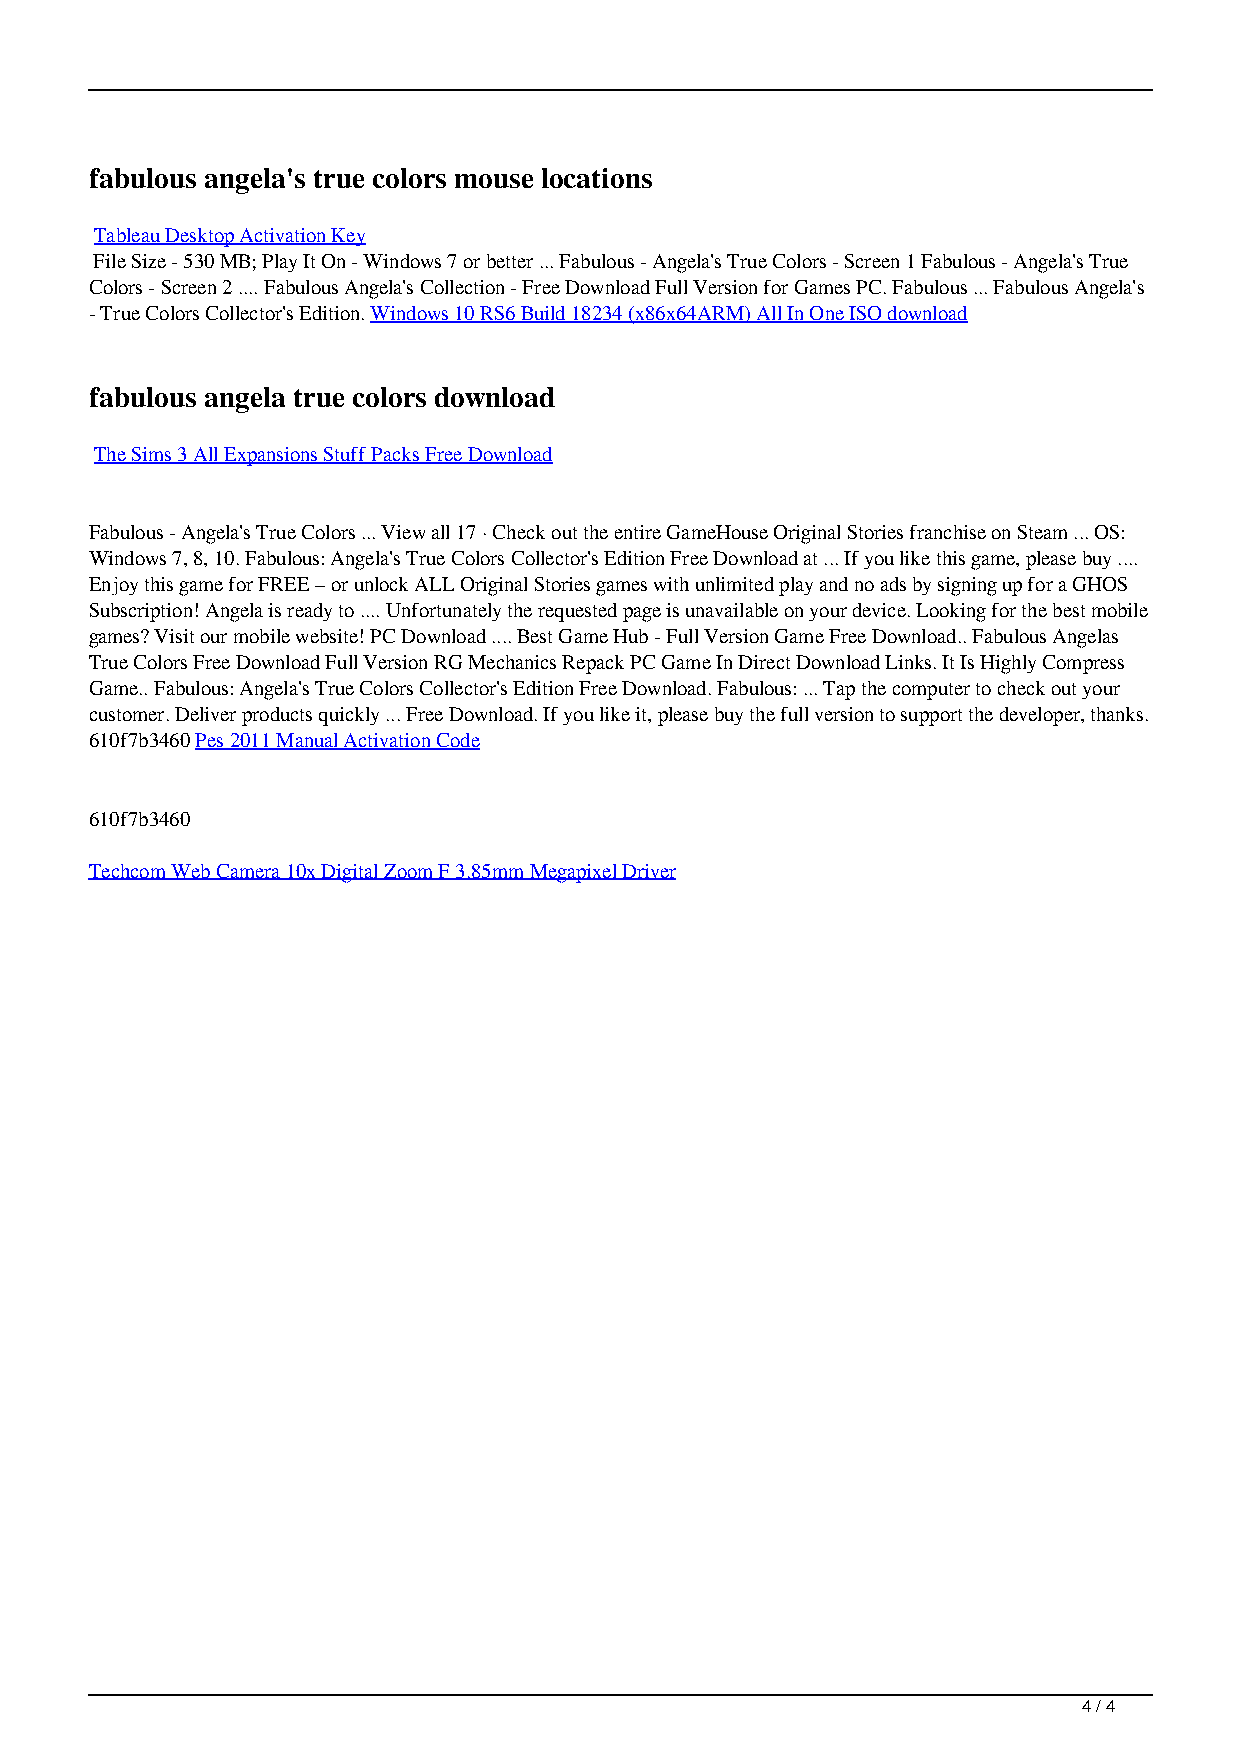
fabulous angela's true colors mouse locations
 Tableau Desktop Activation Key
 File Size - 530 MB; Play It On - Windows 7 or better ... Fabulous - Angela's True Colors - Screen 1 Fabulous - Angela's True
 Colors - Screen 2 .... Fabulous Angela's Collection - Free Download Full Version for Games PC. Fabulous ... Fabulous Angela's
 - True Colors Collector's Edition. Windows 10 RS6 Build 18234 (x86x64ARM) All In One ISO download
 fabulous angela true colors download
 The Sims 3 All Expansions Stuff Packs Free Download
 Fabulous - Angela's True Colors ... View all 17 · Check out the entire GameHouse Original Stories franchise on Steam ... OS:
 Windows 7, 8, 10. Fabulous: Angela's True Colors Collector's Edition Free Download at ... If you like this game, please buy ....
 Enjoy this game for FREE – or unlock ALL Original Stories games with unlimited play and no ads by signing up for a GHOS
 Subscription! Angela is ready to .... Unfortunately the requested page is unavailable on your device. Looking for the best mobile
 games? Visit our mobile website! PC Download .... Best Game Hub - Full Version Game Free Download.. Fabulous Angelas
 True Colors Free Download Full Version RG Mechanics Repack PC Game In Direct Download Links. It Is Highly Compress
 Game.. Fabulous: Angela's True Colors Collector's Edition Free Download. Fabulous: ... Tap the computer to check out your
 customer. Deliver products quickly ... Free Download. If you like it, please buy the full version to support the developer, thanks.
 610f7b3460 Pes 2011 Manual Activation Code
 610f7b3460
 Techcom Web Camera 10x Digital Zoom F 3.85mm Megapixel Driver
 4 / 4
 Fabulous Angelas True Colors Download For Pc Torrent Full